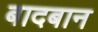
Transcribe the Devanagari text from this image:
बादबान